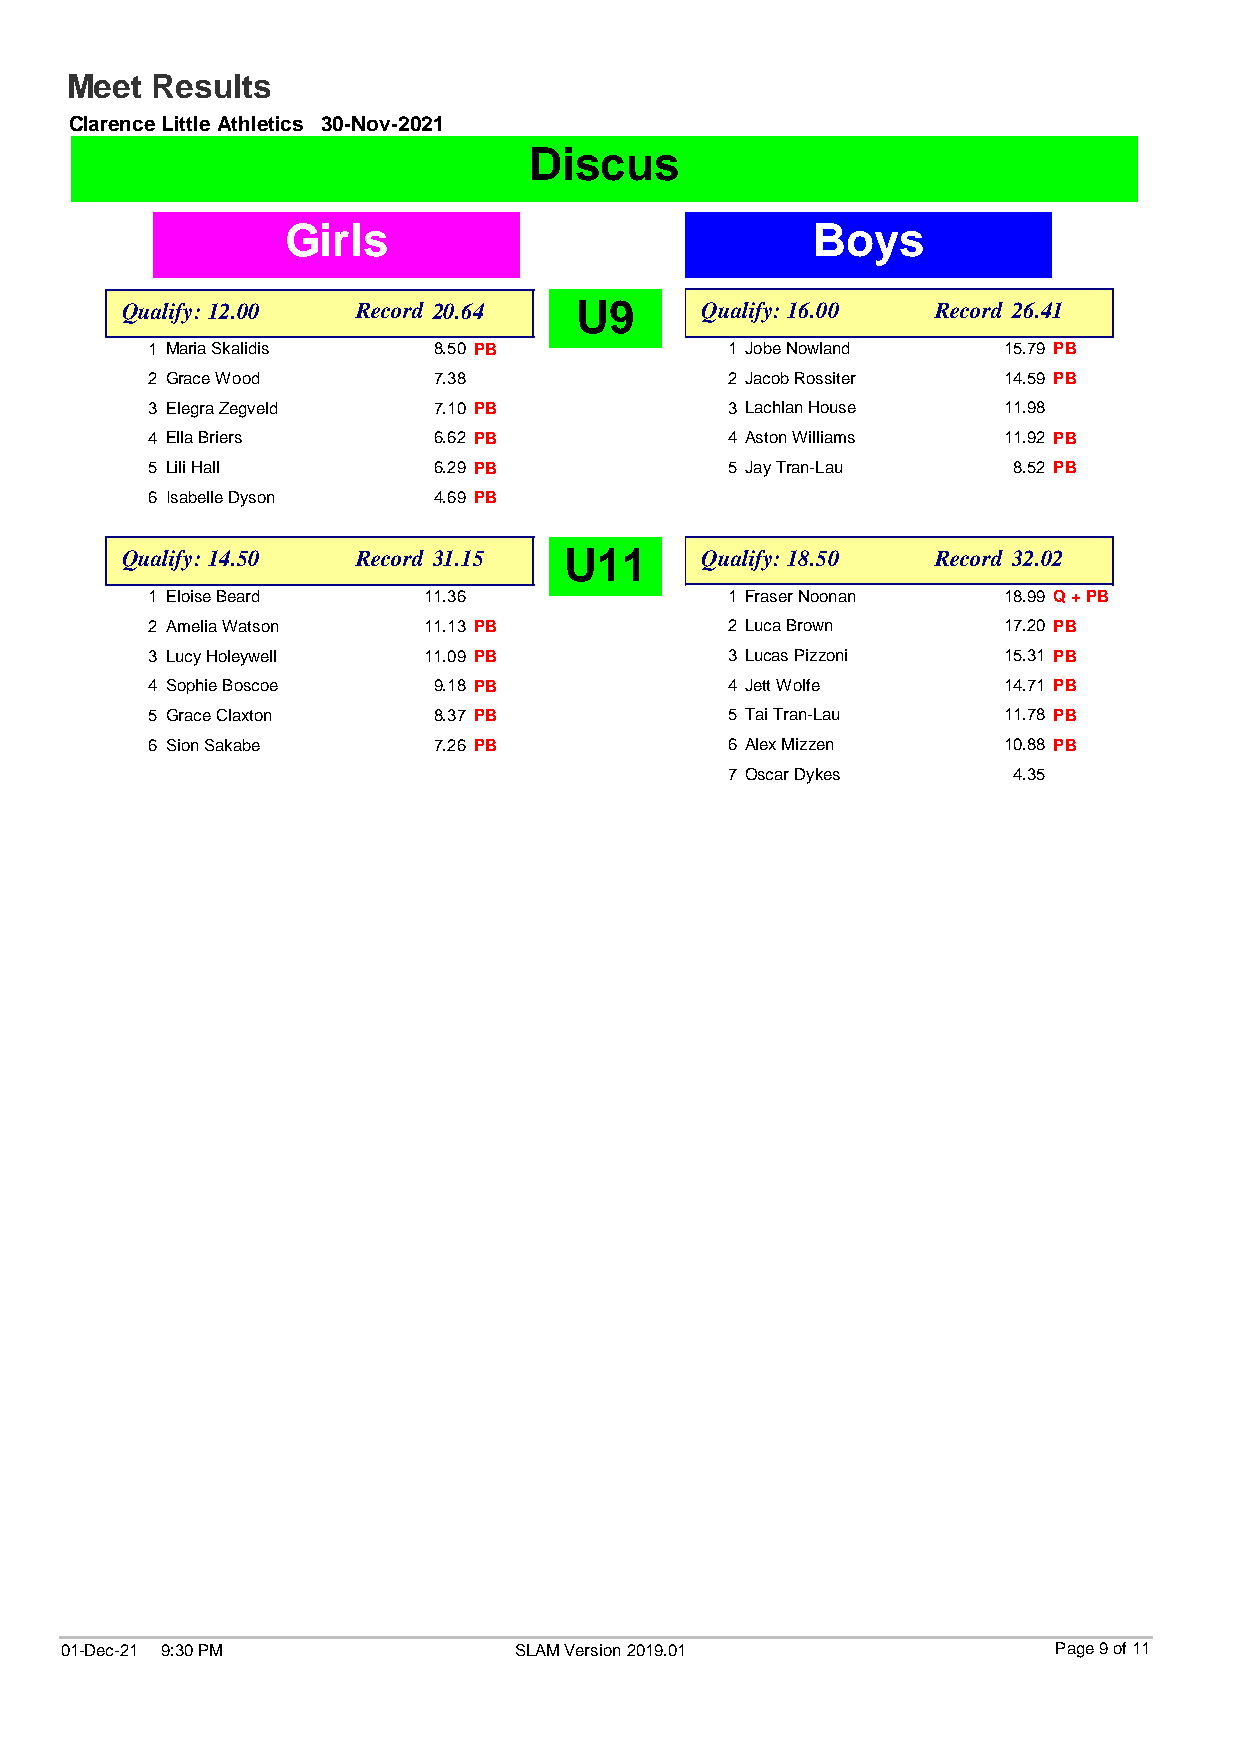
Meet  Results
 Clarence Little Athletics 30-Nov-2021
 Discus
 Girls                              Boys
 Qualify: 12.00  Record 20.64  U9      Qualify: 16.00  Record 26.41
 1 Maria Skalidis   8.50 PB            1 Jobe Nowland    15.79 PB
 2 Grace Wood       7.38               2 Jacob Rossiter  14.59 PB
 3 Elegra Zegveld   7.10 PB            3 Lachlan House   11.98
 4 Ella Briers      6.62 PB            4 Aston Williams  11.92 PB
 5 Lili Hall        6.29 PB            5 Jay Tran-Lau     8.52 PB
 6 Isabelle Dyson   4.69 PB
 Qualify: 14.50  Record 31.15 U11      Qualify: 18.50  Record 32.02
 1 Eloise Beard    11.36               1 Fraser Noonan   18.99 Q + PB
 2 Amelia Watson   11.13 PB            2 Luca Brown      17.20 PB
 3 Lucy Holeywell  11.09 PB            3 Lucas Pizzoni   15.31 PB
 4 Sophie Boscoe    9.18 PB            4 Jett Wolfe      14.71 PB
 5 Grace Claxton    8.37 PB            5 Tai Tran-Lau    11.78 PB
 6 Sion Sakabe      7.26 PB            6 Alex Mizzen     10.88 PB
 7 Oscar Dykes      4.35
 01-Dec-21 9:30 PM             SLAM Version 2019.01                Page 9 of 11